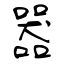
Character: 器